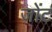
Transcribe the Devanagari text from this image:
जोंट